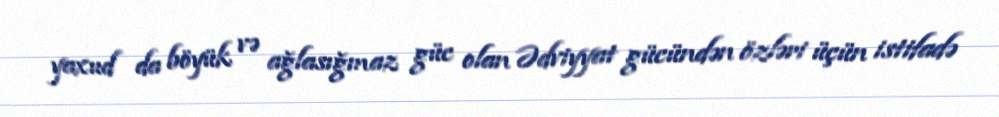
yaxud da böyük və ağlasığmaz güc olan Ədviyyat gücündən özləri üçün istifadə